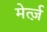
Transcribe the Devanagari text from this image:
मेर्त्ज़